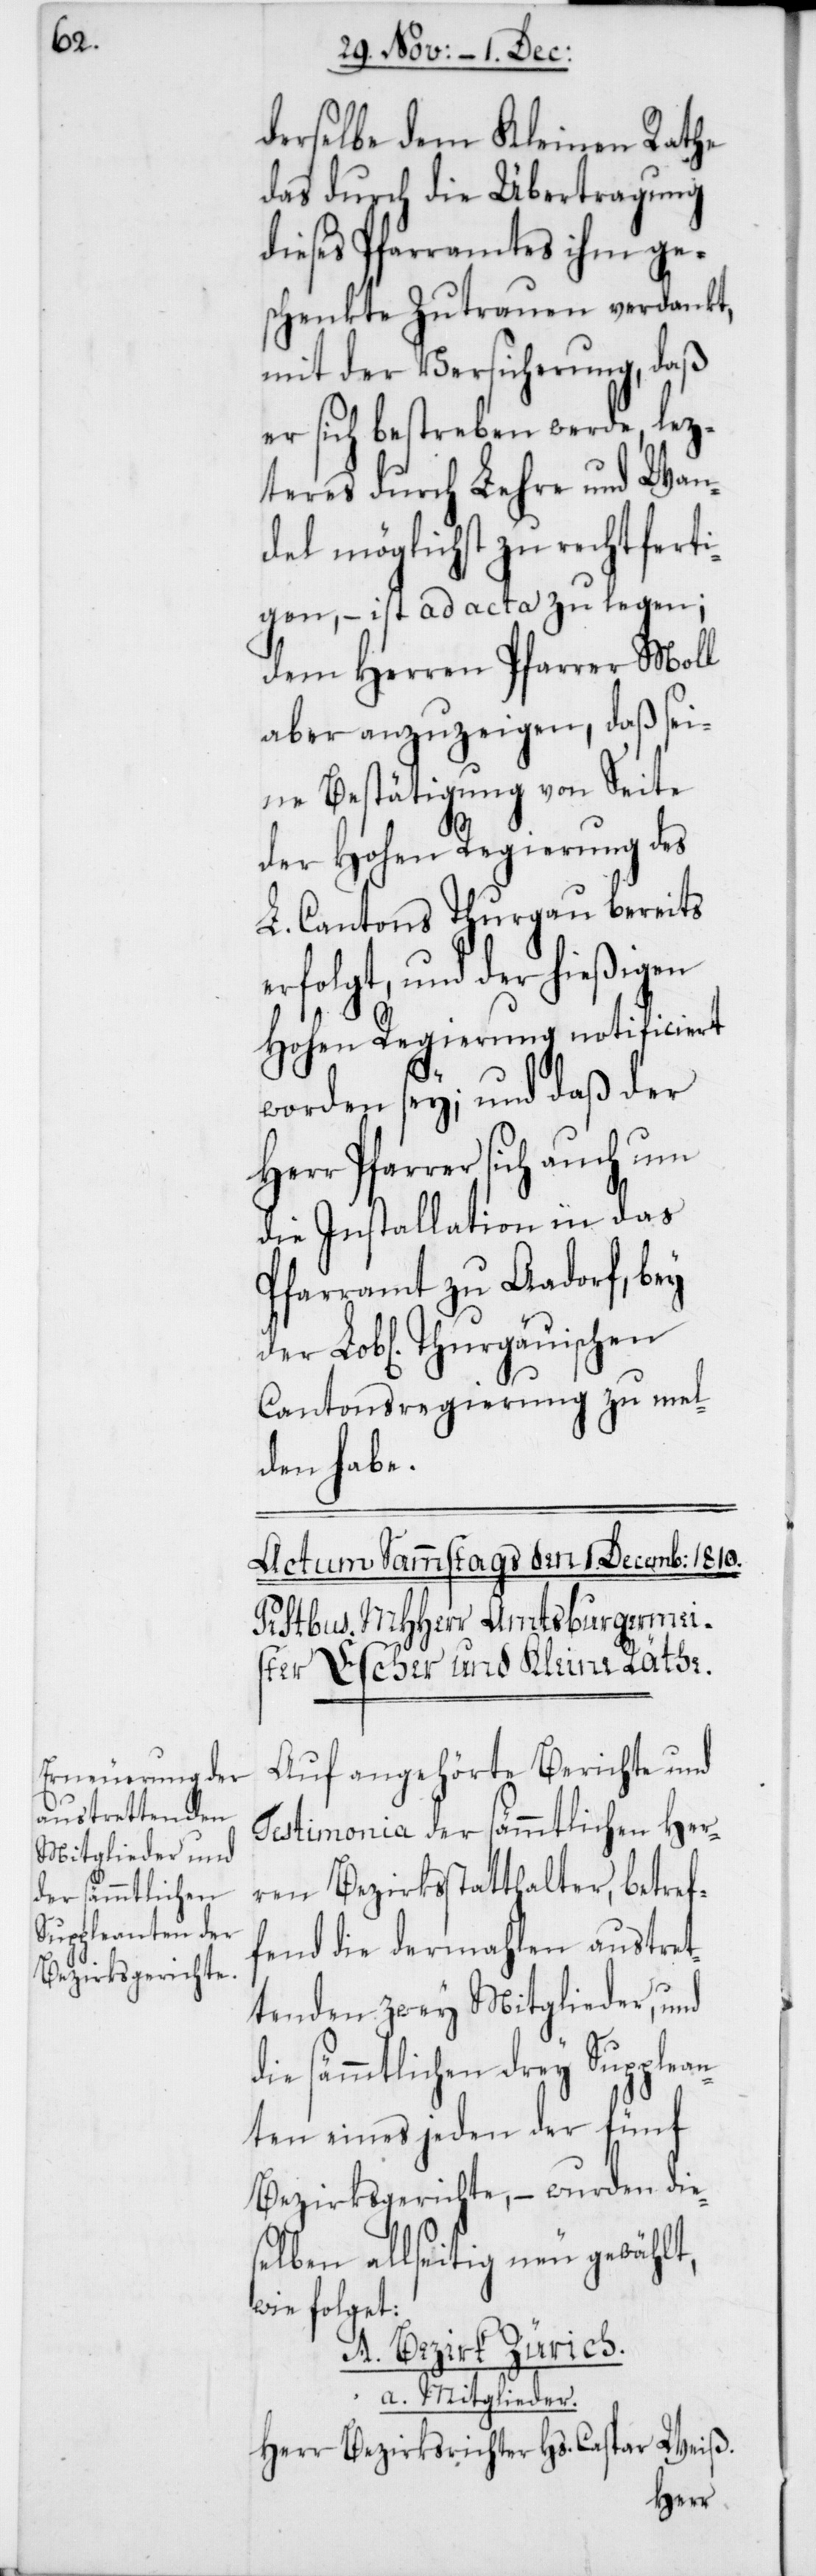
derselbe dem Kleinen Rathe
das durch die Übertragung
dieses Pfarramtes ihm ge¬
schenkte Zutrauen verdankt,
mit der Versicherung, daß
er sich bestreben werde, lez¬
teres durch Lehre und Wan¬
del möglichst zu rechtfert¬
igen, – ist ad acta zu legen;
dem Herren Pfarrer Moll
aber anzuzeigen, daß sei¬
ne Bestätigung von Seite
der Hohen Regierung des
L. Cantons Thurgau bereits
erfolgt, und der hießigen
Hohen Regierung notificiert
worden sey; und daß der
Herr Pfarrer sich auch um
die Installation in das
Pfarramt zu Aadorf, bey
Cantonsregierung zu mel¬
den habe.
Auf angehörte Berichte und
Terstimonia der sämmtlichen Her¬
ren Bezirksstatthalter, betref¬
fend die dermahlen austret¬
tenden zwey Mitglieder, und
die sämmtlichen drey Supplean¬
ten eines jeden der fünf
Bezirksgerichte, – wurden die¬
selben allseitig neu gewählt,
wie folget.
A. Bezirk Zürich.
a. Mitglieder.
Herr Bezirksrichter Hs. Caspar Weiss.